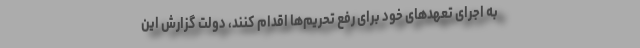
به اجرای تعهدهای خود برای رفع تحریم‌ها اقدام کنند، دولت گزارش این